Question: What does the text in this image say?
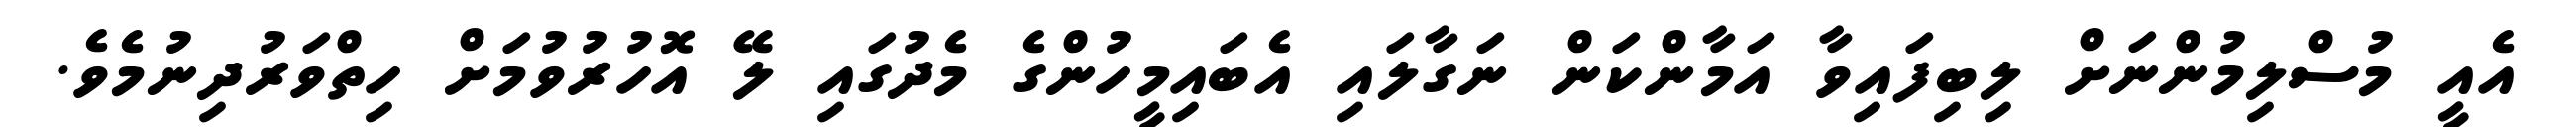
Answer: އެއީ މުސްލިމުންނަށް ލިބިފައިވާ އަމާންކަން ނަގާލައި އެބައިމީހުންގެ މެދުގައި ލޭ އޮހުރުވުމަށް ހިތްވަރުދިނުމެވެ.